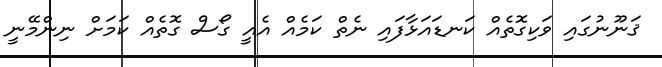
ޤަނޫނުގައި ވަކިގޮތެއް ކަނޑައަޅާފައި ނެތް ކަމެއް އެއީ ގޯސް ގޮތެއް ކަމަށް ނިންމޭނީ